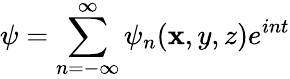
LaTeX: \psi=\displaystyle\sum_{n=-\infty}^{\infty}\psi_{n}(\mathbf{x},y,z)e^{int}